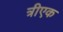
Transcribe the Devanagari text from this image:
त्रीएक